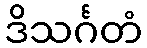
ဒိသင်္ဂတံ